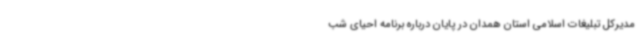
مدیرکل تبلیغات اسلامی استان همدان در پایان درباره برنامه احیای شب